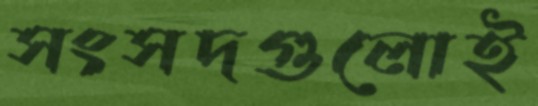
সংসদগুলোই